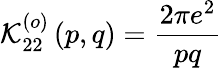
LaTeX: \mathcal{K}_{22}^{\left(o\right)}\left(p,q\right)=\frac{2\pi e^{2}}{pq}